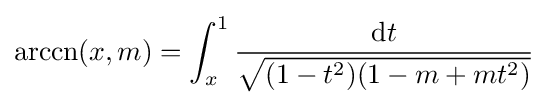
\operatorname {arccn} (x,m)=\int _{x}^{1}{\frac {\mathrm {d} t}{\sqrt {(1-t^{2})(1-m+mt^{2})}}}